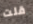
قلت